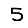
Digit: 5